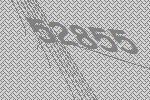
52855